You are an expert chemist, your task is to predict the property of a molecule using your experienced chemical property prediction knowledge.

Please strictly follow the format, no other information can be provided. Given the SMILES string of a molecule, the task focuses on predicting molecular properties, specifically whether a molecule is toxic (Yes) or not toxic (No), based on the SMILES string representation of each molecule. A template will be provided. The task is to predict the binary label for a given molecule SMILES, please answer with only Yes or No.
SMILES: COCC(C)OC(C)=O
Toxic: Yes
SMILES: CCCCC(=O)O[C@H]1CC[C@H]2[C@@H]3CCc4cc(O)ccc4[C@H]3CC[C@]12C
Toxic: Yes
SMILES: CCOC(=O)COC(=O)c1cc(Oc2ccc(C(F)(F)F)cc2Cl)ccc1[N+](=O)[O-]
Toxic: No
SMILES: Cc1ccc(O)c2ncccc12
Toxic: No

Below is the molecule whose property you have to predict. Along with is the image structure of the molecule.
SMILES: CC(C)NCC(O)COc1cccc2[nH]ccc12
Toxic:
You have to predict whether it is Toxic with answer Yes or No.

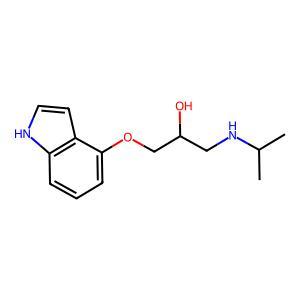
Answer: No